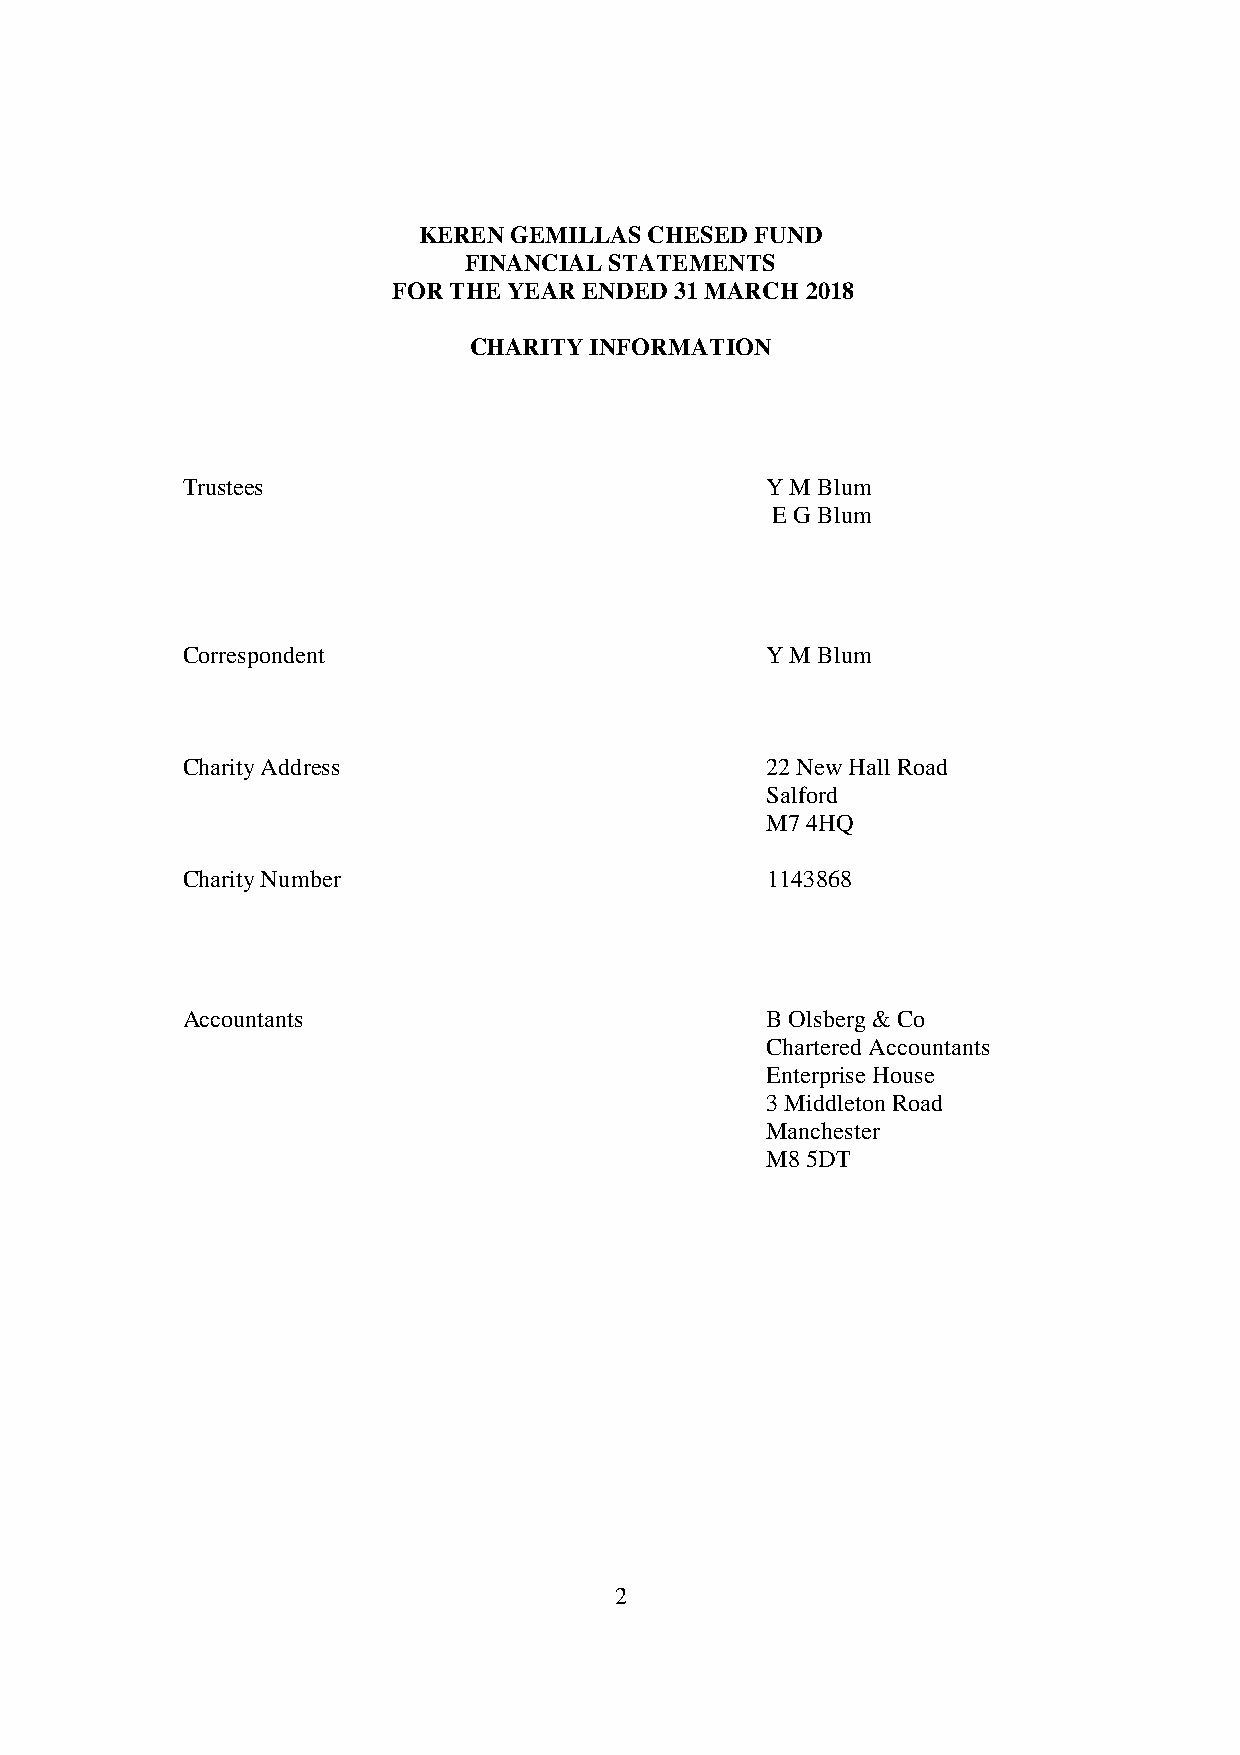
KEREN GEMILLAS CHESED FUND
 FINANCIAL STATEMENTS
 FOR THE YEAR ENDED 31 MARCH 2018
 CHARITY INFORMATION
 Trustees                               Y M Blum
 E G Blum
 Correspondent                          Y M Blum
 Charity Address                        22 New Hall Road
 Salford
 M7 4HQ
 Charity Number                         1143868
 Accountants                            B Olsberg & Co
 Chartered Accountants
 Enterprise House
 3 Middleton Road
 Manchester
 M8 5DT
 2